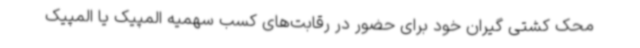
محک کشتی گیران خود برای حضور در رقابت‌های کسب سهمیه المپیک یا المپیک